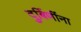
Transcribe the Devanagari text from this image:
दुर्बिणींना